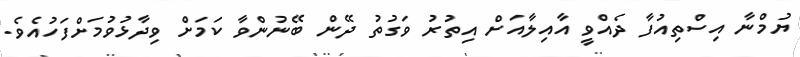
ޔުމްނާ އިސްތިއުފާ ދެއްވީ އާއިލާއަށް އިތުރު ވަގުތު ދޭން ބޭނުންވާ ކަމަށް ވިދާޅުވުމަށްފަހުއެވެ.